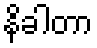
နိခါတာ